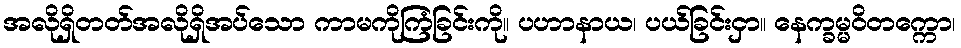
အလိုရှိတတ်အလိုရှိအပ်သော ကာမကိုကြံခြင်းကို။ ပဟာနာယ၊ ပယ်ခြင်းငှာ။ နေက္ခမ္မဝိတက္ကော၊